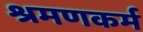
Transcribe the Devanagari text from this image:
श्रमणकर्म